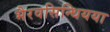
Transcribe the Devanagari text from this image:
भैरवसिन्धियया